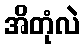
အိတုံလဲ